Report of the Indian Hemp Drugs Commission, 1894-1895 - Volume VII
Year: 1894
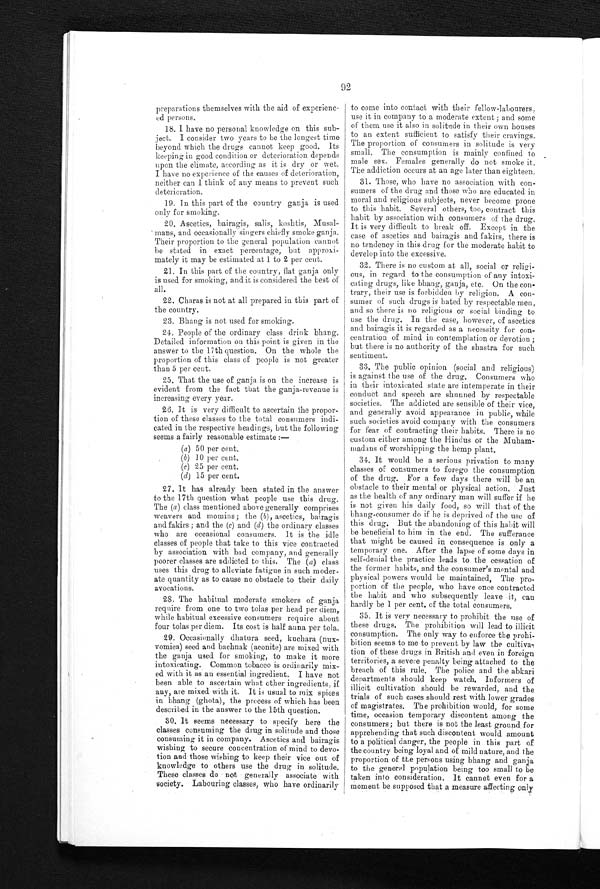
92
preparations themselves with the aid of experienc
-ed persons.
18. I have no personal knowledge on this
s u b - j e c t . I c o n s i d e r t w o y e a r s t o b e t h e l o n g e s t t i m e
beyond which the drugs cannot keep good. Its
keeping in good condition or deterioration depends
upon the climate, according as it is dry or wet.
I have no experience of the causes of deterioration,
neither can I think of any means to prevent such
deterioration.
19. In this part of the country ganja is used
only for smoking.
20. Ascetics, bairagis, salis, koshtis,
M u s a l - m a n s , a n d o c c a s i o n a l l y s i n g e r s c h i e f l y s m o k e g a n j a .
Their proportion to the general population cannot
be stated in exact percentage, but approxi
- m a t e l y i t m a y b e e s t i m a t e d a t 1 t o 2 p e r c e n t .
21. In this part of the country, flat ganja only
is used for smoking, and it is considered the best of
all.
22. Charas is not at all prepared in this part of
the country.
2 3 . B h a n g i s n o t u s e d f o r s m o k i n g .
24. People of the ordinary class drink bhang.
Detailed information on this point is given in the
answer to the 17th question. On the whole the
proportion of this class of people is not greater
than 5 per cent.
25. That the use of ganja is on the increase is
evident from the fact that the ganja-revenue is
increasing every year.
26. It is very difficult to ascertain the
propro-tion of these classes to the total consumers indi
- c a t e d i n t h e r e s p e c t i v e h e a d i n g s , b u t t h e f o l l o w i n g
seems a fairly reasonable estimate
: —
(a ) 50 per cent.
(b) 10 per cent.
(
c
) 2 5 p e r c e n t .
(
d
) 1 5 p e r c e n t .
27. It has already been stated in the answer
to the 17th question what people use this drug.
The (a ) class mentioned above generally comprises
weavers and momins; the ( b), ascetics, bairagis
and fakirs; and the (c) and (d) the ordinary classes
who are occasional consumers. It is the idle
classes of people that take to this vice contracted
by association with bad company, and
g e n e r a l l y p o o r e r c l a s s e s a r e a d d i c t e d t o t h i s . T h e(
a ) c l a s s
uses this drug to alleviate fatigue in such moder
- a t e q u a n t i t y a s t o c a u s e n o o b s t a c l e t o t h e i r d a i l y
avocations.
28. The habitual moderate smokers of ganja
require from one to two tolas per head per diem,
while habitual excessive consumers require about
four tolas per diem. Its cost is half anna per tola.
29. Occasionally dhatura seed, kuchara (nux
- v o m i c a ) s e e d a n d b a c h n a k ( a c o n i t e ) a r e m i x e d w i t h
the ganja used for smoking, to make it more
intoxicating. Common tobacco is ordinarily mix
- e d w i t h i t a s a n e s s e n t i a l i n g r e d i e n t . I h a v e n o t
been able to ascertain what other ingredients, if
any, are mixed with it. It is usual to mix spices
in bhang (ghota), the process of which has been
described in the answer to the 15th question.
30. It seems necessary to specify here the
classes consuming the drug in solitude and those
consuming it in company. Ascetics and
bairagis wishing to secure concentration of mind to devo
- t i o n a n d t h o s e w i s h i n g t o k e e p t h e i r v i c e o u t o f
knowledge to others use the drug in solitude.
These classes do not generally associate with
society. Labouring classes, who have ordinarily
to come into contact with their fellow-labourers,
use it in company to a moderate extent; and some
of them use it also in solitude in their own houses
to an extent sufficient to satisfy their cravings.
The proportion of consumers in solitude is very
small. The consumption is mainly confined to
male sex. Females generally do not smoke it.
The addiction occurs at an age later than eighteen.
31. Those, who have no association with con
-sumers of the drug and those who are educated in
m o r a l a n d r e l i g i o u s s u b j e c t s , n e v e r b e c o m e p r o n e t o t h i s h a b i t . S e v e r a l o t h e r s , t o o , c o n t r a c t t h i s
habit by association with consumers of the drug.
It is very difficult to break off. Except in the
case of ascetics and bairagis and fakirs, there is
no tendency in this drug for the moderate habit to
develop into the excessive.
32. There is no custom at all, social or religi
-ous, in regard to the consumption of any intoxi
-cating drugs, like bhang, ganja, etc. On the con
-trary, their use is forbidden by religion. A con
- s u m e r o f s u c h d r u g s
i s
h a t e d b y r e s p e c t a b l e m e n ,
and so there is no religious or social binding to
use the drug. In the case, however, of ascetics
and bairagis it is regarded as a necessity for con
- c e n t r a t i o n o f m i n d i n c o n t e m p l a t i o n o r d e v o t i o n ;
but there is no authority of the shastra for such
sentiment.
33. The public opinion (social and religious)
is against the use of the drug. Consumers who
in their intoxicated state are intemperate in their
conduct and speech are shunned by respectable
societies. The addicted are sensible of their vice,
and generally avoid appearance in public, while
such societies avoid company with the consumers
for fear of contracting their habits. There is no
custom either among the Hindus or the
M u h a m - m a d a n s o f w o r s h i p p i n g t h e h e m p p l a n t .
34. It would be a serious privation to many
classes of consumers to forego the consumption
of the drug. For a few days there will be an
obstacle to their mental or physical action. Just
as the health of any ordinary man will suffer if he
is not given his daily food, so will that of the
bhang-consumer do if he is deprived of the use of
this drug. But the abandoning of this habit will
be beneficial to him in the end. The sufferance
that might be caused in consequence is only a
temporary one. After the lapse of some days in
self-denial the practice leads to the cessation of
the former habits, and the consumer's mental and
physical powers would be maintained, The pro
- p o r t i o n o f t h e p e o p l e , w h o h a v e o n c e c o n t r a c t e d
the habit and who subsequently leave it, can
har dl y be 1 per cent . of t he t ot al cons umer s .
35. It is very necessary to prohibit the use of
these drugs. The prohibition will lead to illicit
consumption. The only way to enforce the prohi
- b i t i o n s e e m s t o m e t o p r e v e n t b y l a w t h e
c u l t i v a - t i o n o f t h e s e d r u g s i n B r i t i s h a n d e v e n i n f o r e i g n
territories, a severe penalty being attached to the
breach of this rule. The police and the abkari
departments should keep watch. Informers of
illicit cultivation should be rewarded, and the
trials of such cases should rest with lower grades
of magistrates. The prohibition would, for some
time, occasion temporary discontent among the
consumers; but there is not the least ground for
apprehending that such discontent would amount
to a political danger, the people in this part of
the country being loyal and of mild nature, and the
proportion of the persons using bhang and ganja
to the general population being too small to be
taken into consideration. It cannot even for a
moment be supposed that a measure affecting only